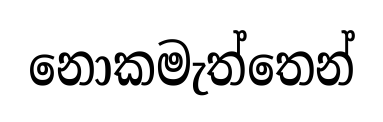
නොකමැත්තෙන්